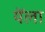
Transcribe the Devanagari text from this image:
येँला